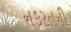
નફરતની